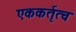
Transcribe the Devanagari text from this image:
एककर्तृत्व